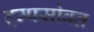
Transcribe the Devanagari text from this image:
ट्रम्पसोबत